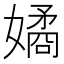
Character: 𭒠